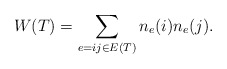
\begin{align*} W(T) = \sum_{e=ij\in E(T)} n_e(i) n_e(j).\end{align*}